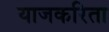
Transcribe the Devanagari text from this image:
याजकरिता